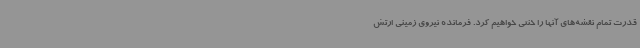
قدرت تمام نقشه‌های آنها را خنثی خواهیم کرد. فرمانده نیروی زمینی ارتش